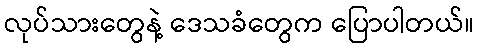
လုပ်သားတွေနဲ့ ဒေသခံတွေက ပြောပါတယ်။